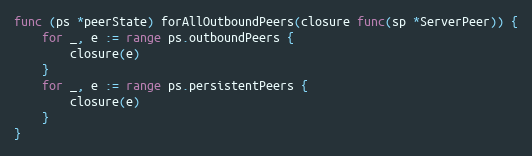
Language: Go
func (ps *peerState) forAllOutboundPeers(closure func(sp *ServerPeer)) {
	for _, e := range ps.outboundPeers {
		closure(e)
	}
	for _, e := range ps.persistentPeers {
		closure(e)
	}
}